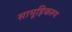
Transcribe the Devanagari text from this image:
सामूहिकरूप